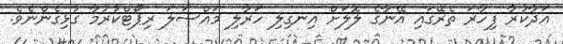
އަދާކުރާ ފިހާރަ ތެރޭގައި އޭނާގެ ލޮލަށް އިނގިލި ހަރާލި މައްސަލަ ރިޕޯޓްކުރުމާ ގުޅިގެންނެވެ.